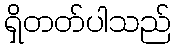
ရှိတတ်ပါသည်